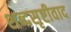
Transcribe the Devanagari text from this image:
शब्दसृष्टीवाद